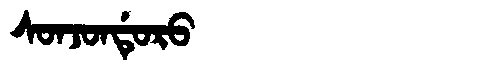
Manchu: ᠰᠣᠨᠵᠣᠨᡩᡠᡵᠣ
Romanization: SONJONDURO